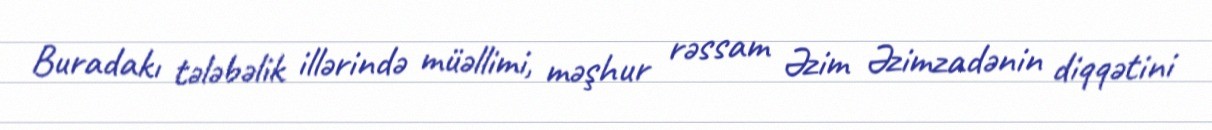
Buradakı tələbəlik illərində müəllimi, məşhur rəssam Əzim Əzimzadənin diqqətini